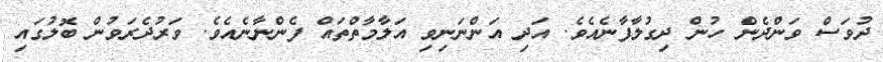
ދުވަސް ވަންދެން ހުން ދިގުލާފާނެއެވެ. އަދި އަންނަނިވި އަލާމާތްތައް ފެންނާނެއެވެ. ވަރުދެރަވުން ބޮލުގައި